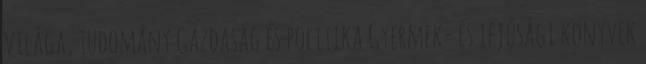
világa, tudomány Gazdaság és politika Gyermek- és ifjúsági könyvek